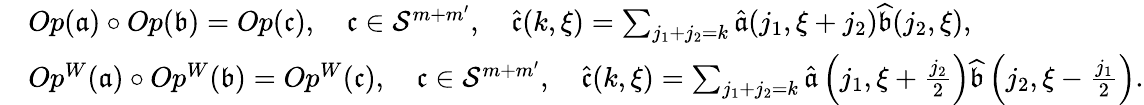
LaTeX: \begin{array}{rl}&{Op(\mathfrak{a})\circ Op(\mathfrak{b})=Op(\mathfrak{c}),\quad\mathfrak{c}\in\mathcal{S}^{m+m^{\prime}},\quad\widehat{\mathfrak{c}}(k,\xi)=\sum_{j_{1}+j_{2}=k}\widehat{\mathfrak{a}}(j_{1},\xi+j_{2})\widehat{\mathfrak{b}}(j_{2},\xi),}\\ &{Op^{W}(\mathfrak{a})\circ Op^{W}(\mathfrak{b})=Op^{W}(\mathfrak{c}),\quad\mathfrak{c}\in\mathcal{S}^{m+m^{\prime}},\quad\widehat{\mathfrak{c}}(k,\xi)=\sum_{j_{1}+j_{2}=k}\widehat{\mathfrak{a}}\left(j_{1},\xi+\frac{j_{2}}{2}\right)\widehat{\mathfrak{b}}\left(j_{2},\xi-\frac{j_{1}}{2}\right).}\end{array}